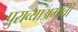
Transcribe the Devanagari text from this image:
पुराव्यांअभावी